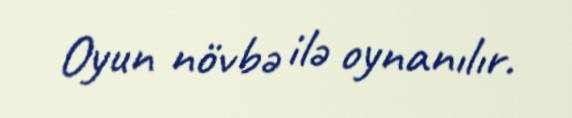
Oyun növbə ilə oynanılır.